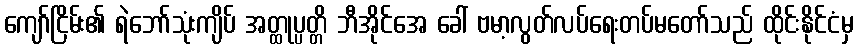
ကျော်ငြိမ်း၏ ရဲဘော်သုံးကျိပ် အတ္ထုပ္ပတ္တိ ဘီအိုင်အေ ခေါ် ဗမာ့လွတ်လပ်ရေးတပ်မတော်သည် ထိုင်းနိုင်ငံမှ